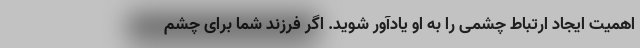
اهمیت ایجاد ارتباط چشمی را به او یادآور شوید. اگر فرزند شما برای چشم